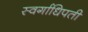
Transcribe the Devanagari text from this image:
स्वर्गाधिपती